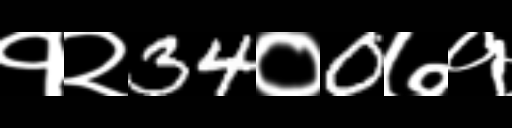
Text: १२34०0७१